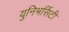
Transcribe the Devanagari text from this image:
युनिभर्सिटी